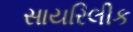
સાયરિલીક